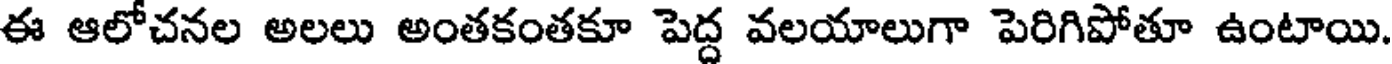
ఈ ఆలోచనల అలలు అంతకంతకూ పెద్ద వలయాలుగా పెరిగిపోతూ ఉంటాయి.